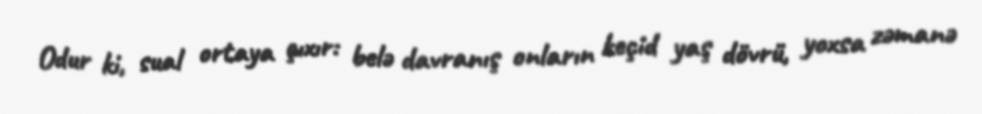
Odur ki, sual ortaya çıxır: belə davranış onların keçid yaş dövrü, yoxsa zəmanə